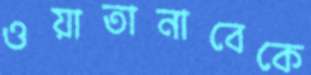
ওয়াতানাবেকে